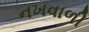
નખવાળી